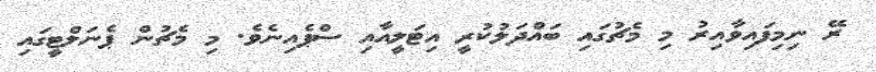
ރޭ ނިމިފައިވާއިރު މި މެޗުގައި ބައްދަލުކުރީ އިޓަލީއާއި ސްޕެއިނެވެ. މި މެޗުން ޕެނަލްޓީގައި